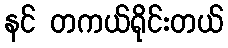
နင် တကယ်ရိုင်းတယ်